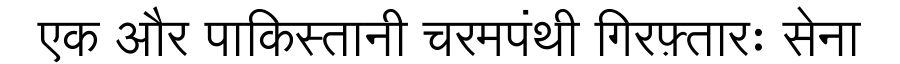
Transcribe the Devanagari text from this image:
एक और पाकिस्तानी चरमपंथी गिरफ़्तारः सेना